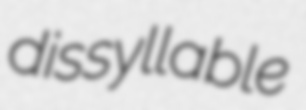
dissyllable